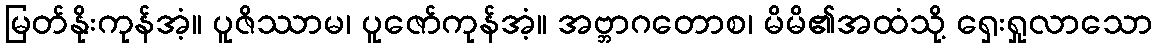
မြတ်နိုးကုန်အံ့။ ပူဇိဿာမ၊ ပူဇော်ကုန်အံ့။ အဗ္ဘာဂတောစ၊ မိမိ၏အထံသို့ ရှေးရှုလာသော